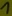
Text: 1